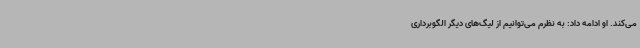
می‌کند. او ادامه داد: به نظرم می‌توانیم از لیگ‌های دیگر الگوبرداری